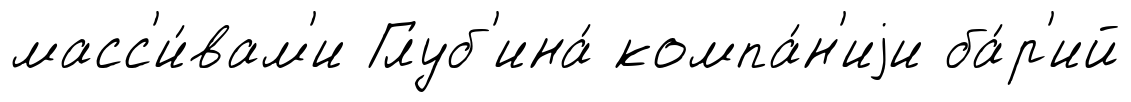
масс'и́вам'и Глуб'ина́ компа́н'иjи ба́р'ий